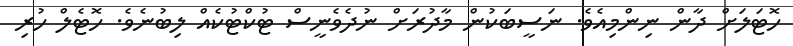
ހޮޓަލަށް ދާން ނިންމިއެވެ. ނަސީބަކުން މާދުރަށް ނުދެވެނީސް ޓުކްޓުކެއް ލިބުނެވެ. ހޮޓެލް ހުރި